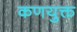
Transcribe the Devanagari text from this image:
कणयुक्त